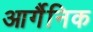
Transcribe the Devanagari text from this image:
आर्गैनिक